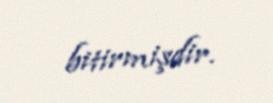
bitirmişdir.